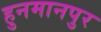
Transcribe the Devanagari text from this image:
हुनमानपुर